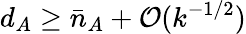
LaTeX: d_{A}\geq\bar{n}_{A}+\mathcal{O}(k^{-1/2})